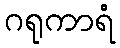
ဂရုကာရံ